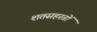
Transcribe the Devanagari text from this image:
शतसहस्त्रों